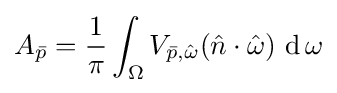
A_{\bar {p}}={\frac {1}{\pi }}\int _{\Omega }V_{{\bar {p}},{\hat {\omega }}}({\hat {n}}\cdot {\hat {\omega }})\,\operatorname {d} \omega